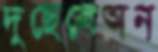
দুছেলেঅন